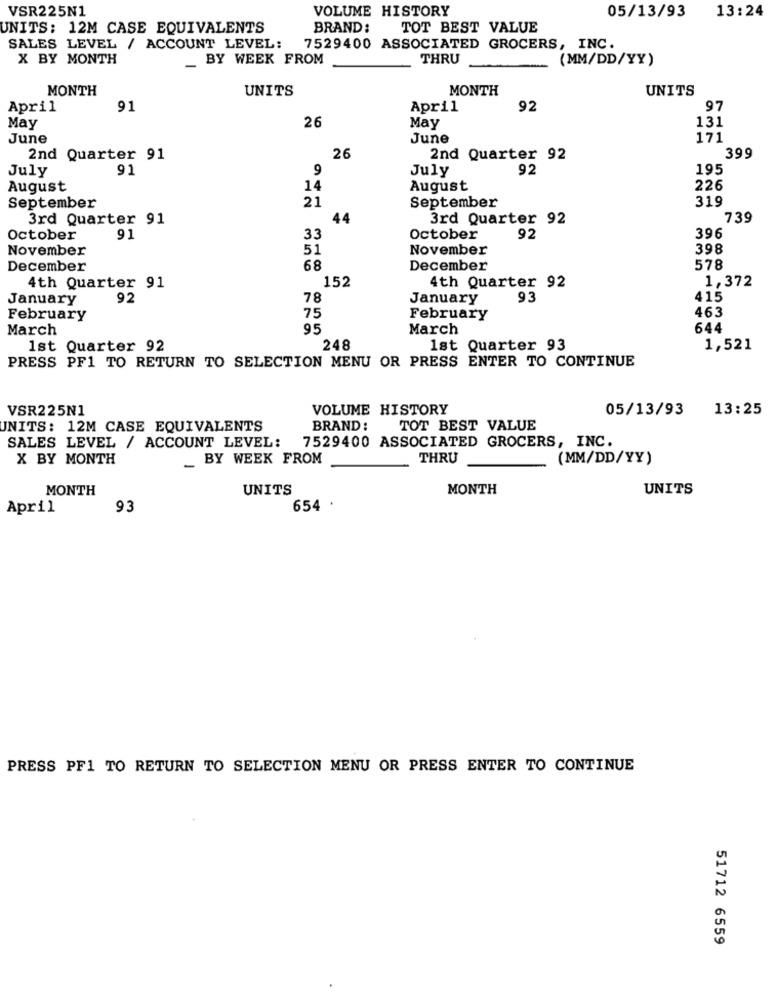
VSR225N1
VOLUME HISTORY
13:24
05/13/93
UNITS: 12M CASE EQUIVALENTS
BRAND:
TOT BEST VALUE
SALES LEVEL / ACCOUNT LEVEL:
7529400 ASSOCIATED GROCERS, INC.
X BY MONTH
_ BY WEEK FROM
THRU
(MM/DD/YY)
MONTH
UNITS
MONTH
UNITS
April
91
April
92
97
26
131
May
May
June
June
171
2nd Quarter 91
26
2nd Quarter 92
399
July
91
9
July
92
195
August
14
August
226
September
21
September
319
3rd Quarter 91
44
3rd Quarter 92
739
October
91
33
October
92
396
November
51
November
398
December
68
December
578
152
1,372
4th Quarter 91
4th Quarter 92
January
92
78
January
93
415
463
February
75
February
March
95
March
644
1st Quarter 92
248
1st Quarter 93
1,521
PRESS PF1 TO RETURN TO SELECTION MENU OR PRESS ENTER TO CONTINUE
VSR225N1
VOLUME HISTORY
05/13/93
13:25
INITS: 12M CASE EQUIVALENTS
BRAND :
TOT BEST VALUE
7529400 ASSOCIATED GROCERS, INC.
SALES LEVEL / ACCOUNT LEVEL:
X BY MONTH
_ BY WEEK FROM
THRU
(MM/DD/YY)
MONTH
UNITS
MONTH
UNITS
April
93
654 .
PRESS PF1 TO RETURN TO SELECTION MENU OR PRESS ENTER TO CONTINUE
51712 6559